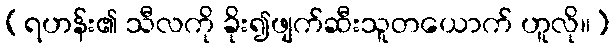
(ရဟန်း၏ သီလကို ခိုး၍ဖျက်ဆီးသူတယောက် ဟူလို။)